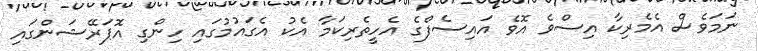
ނަމަވެސް އެމެރިކާ އިސްވެ އޮވެ އައިސެފްގެ އެހީތެރިކަމާ އެކު އެގައުމުގައި ހިންގި އޮޕަރޭޝަންގައި